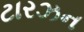
ટારઝન